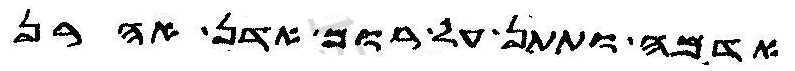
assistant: אדמה ותתן על רום אדן אהרן